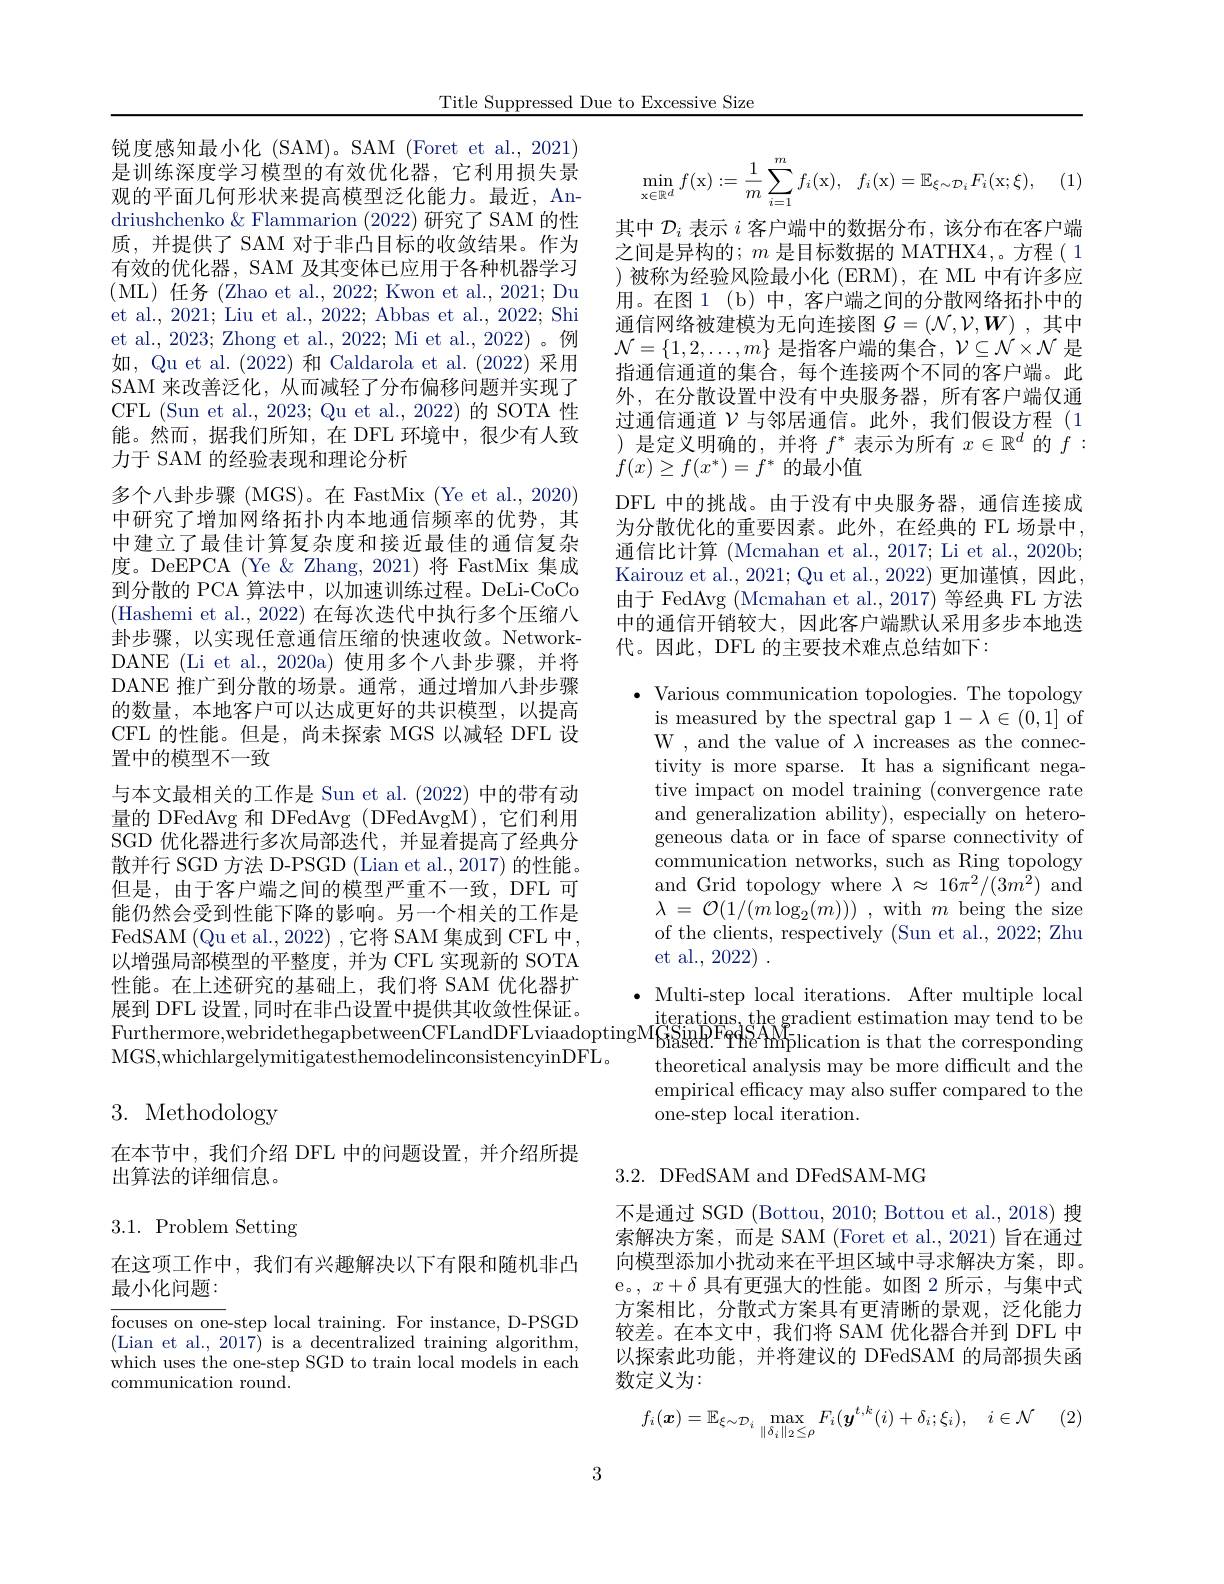
Title Suppressed Due to Excessive Size

锐度感知最小化 (SAM)。SAM (Foret et al., 2021) 是训练深度学习模型的有效优化器，它利用损失景观的平面几何形状来提高模型泛化能力。最近，Andriushchenko & Flammarion (2022) 研究了 SAM 的性质，并提供了 SAM 对于非凸目标的收敛结果。作为有效的优化器，SAM 及其变体已应用于各种机器学习(ML)任务(Zhao et al.,2022;Kwon et al.,2021;Du et al., 2021; Liu et al., 2022; Abbas et al., 2022; Shi et al., 2023; Zhong et al., 2022; Mi et al., 2022)。例如，Qu et al. (2022) 和 Caldarola et al. (2022) 采用SAM 来改善泛化，从而减轻了分布偏移问题并实现了CFL (Sun et al., 2023; Qu et al., 2022) 的 SOTA 性能。然而，据我们所知，在 DFL 环境中，很少有人致力于 SAM 的经验表现和理论分析
多个八卦步骤 (MGS)。在 FastMix (Ye et al., 2020) 中研究了增加网络拓扑内本地通信频率的优势，其中建立了最佳计算复杂度和接近最佳的通信复杂度。DeEPCA (Ye $\&$ Zhang, 2021) 将 FastMix 集成到分散的 PCA 算法中，以加速训练过程。DeLi-CoCo (Hashemi et al., 2022) 在每次迭代中执行多个压缩八卦步骤，以实现任意通信压缩的快速收敛。NetworkDANE (Li et al., 2020a) 使用多个八卦步骤，并将DANE 推广到分散的场景。通常，通过增加八卦步骤的数量，本地客户可以达成更好的共识模型，以提高CFL 的性能。但是，尚未探索 MGS 以减轻 DFL 设置中的模型不一致
与本文最相关的工作是 Sun et al. (2022) 中的带有动量的 DFedAvg 和 DFedAvg ( DFedAvgM),它们利用SGD 优化器进行多次局部迭代，并显着提高了经典分散并行 SGD 方法 D-PSGD (Lian et al., 2017) 的性能。但是，由于客户端之间的模型严重不一致，DFL 可能仍然会受到性能下降的影响。另一个相关的工作是FedSAM (Qu et al., 2022) ,它将 SAM 集成到 CFL 中， 以增强局部模型的平整度，并为 CFL 实现新的 SOTA 性能。在上述研究的基础上，我们将 SAM 优化器扩展到 DFL 设置，同时在非凸设置中提供其收敛性保证。展 到 DFL 设 置 , 同 时 在 非 凸 设 置 中 提 供 其 收 敛 性 保 证 。$\text{Furthermore,webridethegapbetweenCFLandDFLviaadoptingM}_{6\mathrm{issel.PPedSAM}}^{\text{iterations.the gradient estimation may tend to be}}$ SinpPeAMpPeAMpilication is that the corresponding
MGS. whichlargelvmitigatesthemodelinconsistencvinDFL

# 3. Methodology

在本节中，我们介绍 DFL 中的问题设置，并介绍所提
出算法的详细信息。

## 3.1. Problem Setting

在这项工作中，我们有兴趣解决以下有限和随机非凸
最小化问题：

$\overline{\text{focuses on one-step local training. For instance, D-PSGD}}$ (Lian et al., 2017) is a decentralized training algorithm, which uses the one-step SGD to train local models in each communication round.
$$\min\limits_{\mathrm{x}\in\mathbb{R}^d}f(\mathrm{x}):=\frac{1}{m}\sum\limits_{i=1}^{m}f_{i}(\mathrm{x}),\quad f_{i}(\mathrm{x})=\mathbb{E}_{\xi\sim\mathcal{D}_{i}}F_{i}(\mathrm{x};\xi),$$
其中$\mathcal{D}_i$表示$i$客户端中的数据分布，该分布在客户端之间是异构的；$m$是目标数据的 MATHX4,。方程( 1 )被称为经验风险最小化(ERM),在 ML 中有许多应用。在图 1 (b) 中，客户端之间的分散网络拓扑中的通信网络被建模为无向连接图$\mathcal{G}=(\mathcal{N},\mathcal{V},\boldsymbol{W})$ ,其中$\mathcal{N}=\{1,2,\ldots,m\}$ 是指客户端的集合$,\mathcal{V}\subseteq\mathcal{N}\times\mathcal{N}$ 是指通信通道的集合，每个连接两个不同的客户端。此外，在分散设置中没有中央服务器，所有客户端仅通过通信通道$\mathcal{V}$与邻居通信。此外，我们假设方程(1 )是定义明确的，并将$f^*$表示为所有$x\in\mathbb{R}^d$的$f:$ $f(x)\geq f(x^*)=f^*$的最小值
DFL 中的挑战。由于没有中央服务器，通信连接成为分散优化的重要因素。此外，在经典的 FL 场景中， 通信比计算 (Mcmahan et al., 2017; Li et al., 2020b; Kairouz et al., 2021; Qu et al., 2022) 更加谨慎，因此由于 FedAvg (Mcmahan et al., 2017) 等经典 FL 方法中的通信开销较大，因此客户端默认采用多步本地迭代。因此，DFL 的主要技术难点总结如下：

$\bullet$ Various communication topologies. The topology
is measured by the spectral gap $1-\lambda\in(0,1]$ of W , and the value of $\lambda$ increases as the connectivity is more sparse. It has a significant negative impact on model training (convergence rate and generalization ability), especially on heterogeneous data or in face of sparse connectivity of communication networks, such as Ring topology and Grid topology where $\lambda\approx16\pi^{2}/(3m^{2})$ and $\lambda = \mathcal{O} ( 1/ ( m\log _{2}( m) ) )$ ,with$m$being the size of the clients, respectively (Sun et al., 2022; Zhu et al., 2022) .
$\bullet$ Multi-step local iterations. After multiple local
theoretical analysis may be more difficult and the empirical efficacy may also suffer compared to the one-step local iteration.

## 3.2. DFedSAM and DFedSAM-MG

不是通过 SGD (Bottou, 2010; Bottou et al., 2018) 搜索解决方案，而是 SAM (Foret et al.,2021)旨在通过向模型添加小扰动来在平坦区域中寻求解决方案，即。e。, $x+\delta$具有更强大的性能。如图 2 所示，与集中式方案相比，分散式方案具有更清晰的景观，泛化能力较差。在本文中，我们将 SAM 优化器合并到 DFL 中以探索此功能，并将建议的 DFedSAM 的局部损失函数定义为：
$$f_i(\boldsymbol{x})=\mathbb{E}_{\xi\sim\mathcal{D}_i}\max_{\|\delta_i\|_2\leq\rho}F_i(\boldsymbol{y}^{t,k}(i)+\delta_i;\xi_i),\quad i\in\mathcal{N}$$
3